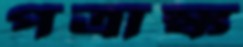
পত্রাঙ্ক